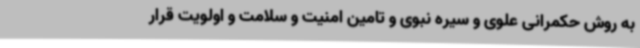
به روش حکمرانی علوی و سیره نبوی و تامین امنیت و سلامت و اولویت قرار